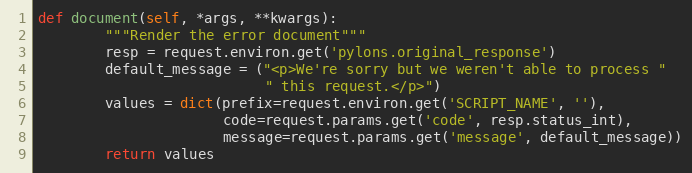
Language: Python
def document(self, *args, **kwargs):
        """Render the error document"""
        resp = request.environ.get('pylons.original_response')
        default_message = ("<p>We're sorry but we weren't able to process "
                           " this request.</p>")
        values = dict(prefix=request.environ.get('SCRIPT_NAME', ''),
                      code=request.params.get('code', resp.status_int),
                      message=request.params.get('message', default_message))
        return values